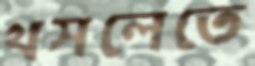
খসলেতে